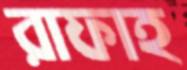
রাফাহ